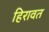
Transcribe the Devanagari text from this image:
हिरावत